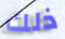
ذلك